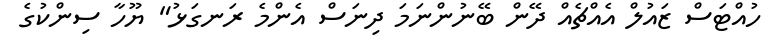
ހުއްޓަސް ޒައުލް އެއްޗެއް ދޭން ބޭނުންނަމަ ދިނަސް އެންމެ ރަނގަޅު" ޔޫހާ ސިންކުގެ